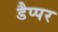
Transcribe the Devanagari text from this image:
डैप्पर